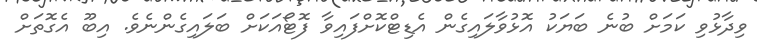
ވިދާޅުވި ކަމަށް ބުނެ ބަޔަކު އޮޅުވާލައިގެން އެޑިޓްކޮށްފައިވާ ފޮޓޯއަކަށް ބަލައިގެންނެވެ. އިބޫ އެގޮތަށް